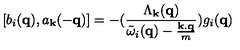
[ b _ { i } ( { \bf { q } } ) , a _ { { \bf { k } } } ( - { \bf { q } } ) ] = - ( \frac { \Lambda _ { { \bf { k } } } ( { \bf { q } } ) } { { \tilde { \omega } } _ { i } ( { \bf { q } } ) - \frac { { \bf { k . q } } } { m } } ) g _ { i } ( { \bf { q } } )